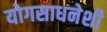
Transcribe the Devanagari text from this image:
योगसाधनेशी